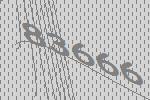
83666